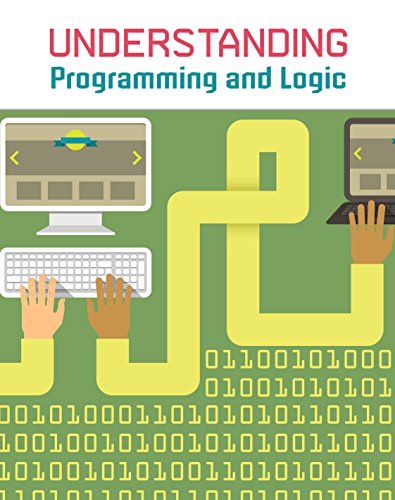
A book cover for Understanding Programming and Logic (Understanding Computing); Matthew Anniss; Children's Books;